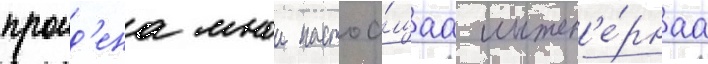
проид'ена мнои настоа́щаа инжен'е́рнаа